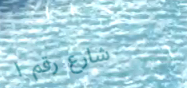
شارع رقم ١